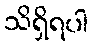
သိရှိရပါ